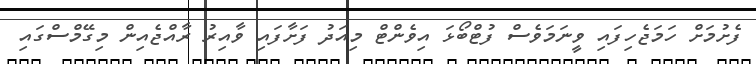
ފެށުމަށް ހަމަޖެހިފައި ވީނަމަވެސް ފުޓްބޯޅަ އިވެންޓް މިއަދު ފަށާފައި ވާއިރު ރާއްޖެއިން މިގޭމްސްގައި